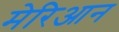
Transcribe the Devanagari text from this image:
मेरिआन